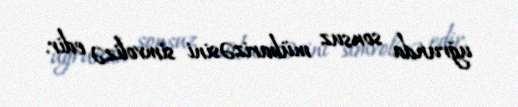
uğrunda sonsuz mübarizəsini simvolizə edir.